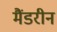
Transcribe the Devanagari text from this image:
मैंडरीन